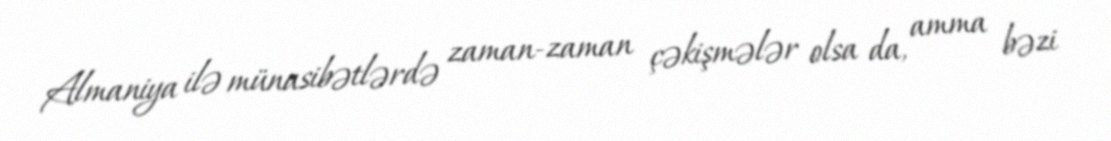
Almaniya ilə münasibətlərdə zaman-zaman çəkişmələr olsa da, amma bəzi